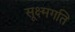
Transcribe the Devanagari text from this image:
सूक्ष्‍मगति